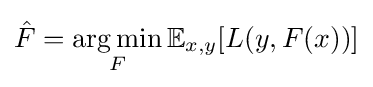
{\hat {F}}={\underset {F}{\arg \min }}\,\mathbb {E} _{x,y}[L(y,F(x))]